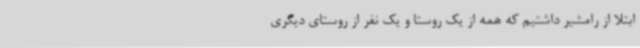
ابتلا از رامشیر داشتیم که همه از یک روستا و یک نفر از روستای دیگری